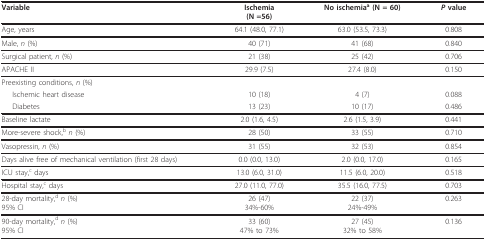
| Variable | Ischemia(N =56) | No ischemiaa (N = 60) | P value |
 | --- | --- | --- | --- |
 | Age, years | 64.1 (48.0, 77.1) | 63.0 (53.5, 73.3) | 0.808 |
 | Male, n (%) | 40 (71) | 41 (68) | 0.840 |
 | Surgical patient, n (%) | 21 (38) | 25 (42) | 0.706 |
 | APACHE II | 29.9 (7.5) | 27.4 (8.0) | 0.150 |
 | Preexisting conditions, n (%) |  |  |  |
 | Ischemic heart disease | 10 (18) | 4 (7) | 0.088 |
 | Diabetes | 13 (23) | 10 (17) | 0.486 |
 | Baseline lactate | 2.0 (1.6, 4.5) | 2.6 (1.5, 3.9) | 0.441 |
 | More-severe shock,b n (%) | 28 (50) | 33 (55) | 0.710 |
 | Vasopressin, n (%) | 31 (55) | 32 (53) | 0.854 |
 | Days alive free of mechanical ventilation (first 28 days) | 0.0 (0.0, 13.0) | 2.0 (0.0, 17.0) | 0.165 |
 | ICU stay,c days | 13.0 (6.0, 31.0) | 11.5 (6.0, 20.0) | 0.518 |
 | Hospital stay,c days | 27.0 (11.0, 77.0) | 35.5 (16.0, 77.5) | 0.703 |
 | 28-day mortality,d n (%)95% CI | 26 (47)34%-60% | 22 (37)24%-49% | 0.263 |
 | 90-day mortality,d n (%)95% CI | 33 (60)47% to 73% | 27 (45)32% to 58% | 0.136 |